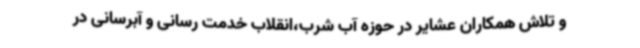
و تلاش همکاران عشایر در حوزه آب شرب،انقلاب خدمت رسانی و آبرسانی در